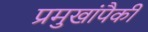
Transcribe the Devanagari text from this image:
प्रमुखांपैकी